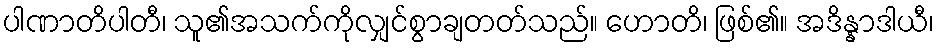
ပါဏာတိပါတီ၊ သူ၏အသက်ကိုလျှင်စွာချတတ်သည်။ ဟောတိ၊ ဖြစ်၏။ အဒိန္နာဒါယီ၊